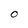
Character: O